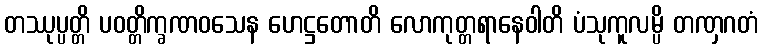
တဿုပ္ပတ္တိ ပဝတ္တိက္ခဏဝသေန ဟေဋ္ဌတောတိ လောကုတ္တရာနေဝါတိ ပံသုကူလမ္ပိ တဏှဂတံ